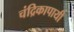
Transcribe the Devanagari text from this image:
चंद्रिकापायी